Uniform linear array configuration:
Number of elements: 64
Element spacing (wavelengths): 1
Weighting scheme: hamming
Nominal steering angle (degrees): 0
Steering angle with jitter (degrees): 0.5191
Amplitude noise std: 0.05
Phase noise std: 0.05

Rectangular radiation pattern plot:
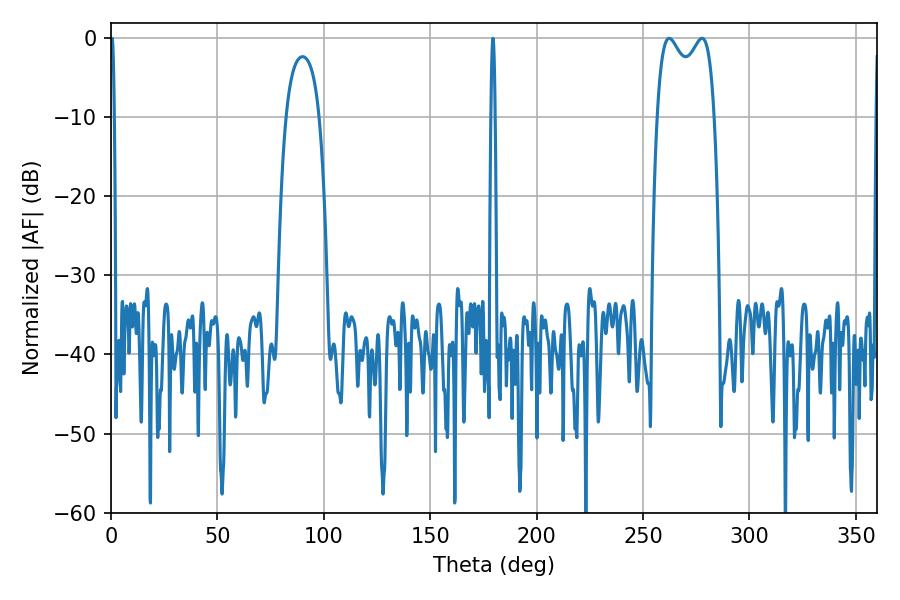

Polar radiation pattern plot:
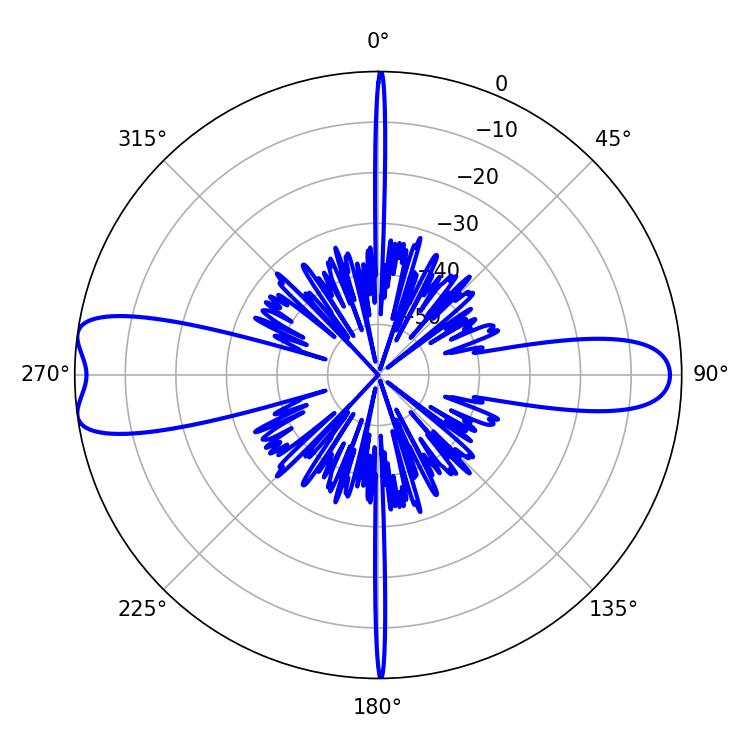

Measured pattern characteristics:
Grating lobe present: TRUE
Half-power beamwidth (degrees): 22.32
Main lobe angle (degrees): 262.26